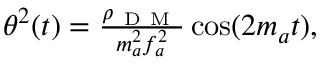
\begin{array} { r } { \theta ^ { 2 } ( t ) = \frac { \rho _ { \mathrm { ~ D ~ M ~ } } } { m _ { a } ^ { 2 } f _ { a } ^ { 2 } } \cos ( 2 m _ { a } t ) , } \end{array}